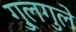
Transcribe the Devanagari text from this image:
गु्लगुले